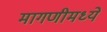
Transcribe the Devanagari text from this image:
मागणीमध्ये